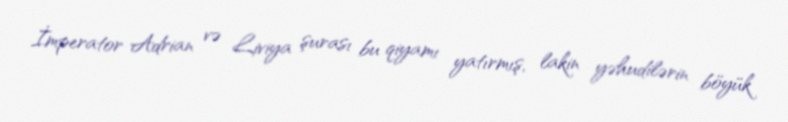
İmperator Adrian və Liviya şurası bu qiyamı yatırmış, lakin yəhudilərin böyük